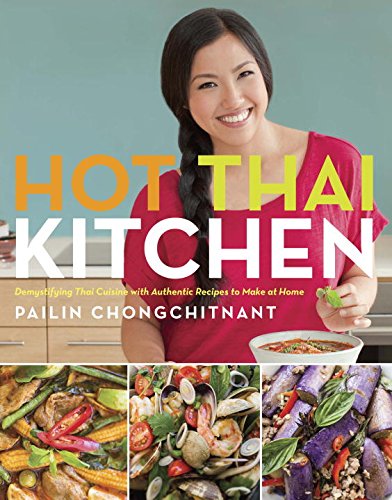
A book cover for Hot Thai Kitchen: Demystifying Thai Cuisine with Authentic Recipes to Make at Home; Pailin Chongchitnant; Cookbooks, Food & Wine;